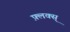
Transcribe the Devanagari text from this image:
फ़्लक्स्